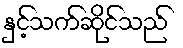
နှင့်သက်ဆိုင်သည်